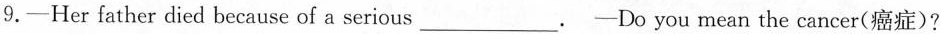
9.-Her father died because of a serious_ -Do you mean the cancer(癌症)?